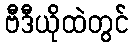
ဗီဒီယိုထဲတွင်